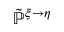
\tilde { \mathbb { P } } ^ { \xi \rightarrow \eta }